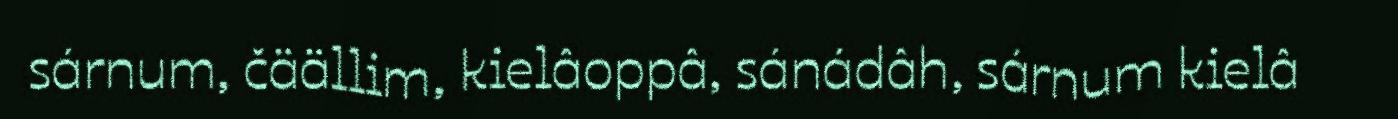
sárnum, čäällim, kielâoppâ, sánádâh, sárnum kielâ